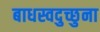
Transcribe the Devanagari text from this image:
बाधस्वदुच्छुना